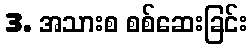
3. အသားစ စစ်ဆေးခြင်း